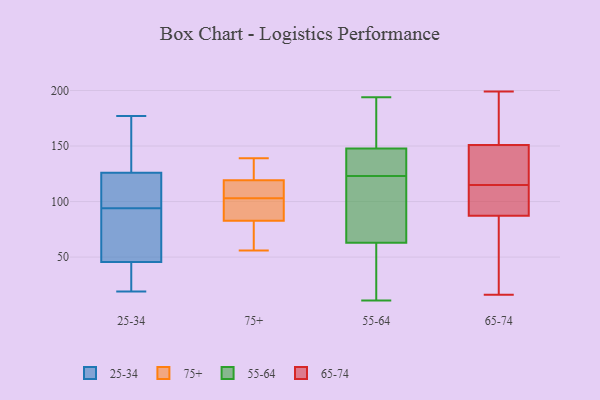
{"axis": {"x": "Satisfaction Score", "y": "Value"}, "legend": ["25-34", "55-64", "65-74", "75+"], "data": [{"x": "", "y": 169, "type": "25-34"}, {"x": "", "y": 91, "type": "25-34"}, {"x": "", "y": 113, "type": "25-34"}, {"x": "", "y": 19, "type": "25-34"}, {"x": "", "y": 23, "type": "25-34"}, {"x": "", "y": 128, "type": "25-34"}, {"x": "", "y": 93, "type": "25-34"}, {"x": "", "y": 31, "type": "25-34"}, {"x": "", "y": 177, "type": "25-34"}, {"x": "", "y": 124, "type": "25-34"}, {"x": "", "y": 176, "type": "25-34"}, {"x": "", "y": 95, "type": "25-34"}, {"x": "", "y": 60, "type": "25-34"}, {"x": "", "y": 26, "type": "25-34"}, {"x": "", "y": 66, "type": "25-34"}, {"x": "", "y": 108, "type": "25-34"}, {"x": "", "y": 82, "type": "75+"}, {"x": "", "y": 104, "type": "75+"}, {"x": "", "y": 57, "type": "75+"}, {"x": "", "y": 56, "type": "75+"}, {"x": "", "y": 130, "type": "75+"}, {"x": "", "y": 85, "type": "75+"}, {"x": "", "y": 122, "type": "75+"}, {"x": "", "y": 103, "type": "75+"}, {"x": "", "y": 111, "type": "75+"}, {"x": "", "y": 92, "type": "75+"}, {"x": "", "y": 139, "type": "75+"}, {"x": "", "y": 123, "type": "55-64"}, {"x": "", "y": 21, "type": "55-64"}, {"x": "", "y": 123, "type": "55-64"}, {"x": "", "y": 36, "type": "55-64"}, {"x": "", "y": 194, "type": "55-64"}, {"x": "", "y": 84, "type": "55-64"}, {"x": "", "y": 11, "type": "55-64"}, {"x": "", "y": 39, "type": "55-64"}, {"x": "", "y": 141, "type": "55-64"}, {"x": "", "y": 150, "type": "55-64"}, {"x": "", "y": 131, "type": "55-64"}, {"x": "", "y": 69, "type": "55-64"}, {"x": "", "y": 183, "type": "55-64"}, {"x": "", "y": 104, "type": "55-64"}, {"x": "", "y": 118, "type": "55-64"}, {"x": "", "y": 189, "type": "55-64"}, {"x": "", "y": 128, "type": "55-64"}, {"x": "", "y": 61, "type": "55-64"}, {"x": "", "y": 189, "type": "55-64"}, {"x": "", "y": 141, "type": "65-74"}, {"x": "", "y": 170, "type": "65-74"}, {"x": "", "y": 91, "type": "65-74"}, {"x": "", "y": 38, "type": "65-74"}, {"x": "", "y": 148, "type": "65-74"}, {"x": "", "y": 185, "type": "65-74"}, {"x": "", "y": 74, "type": "65-74"}, {"x": "", "y": 86, "type": "65-74"}, {"x": "", "y": 176, "type": "65-74"}, {"x": "", "y": 199, "type": "65-74"}, {"x": "", "y": 152, "type": "65-74"}, {"x": "", "y": 145, "type": "65-74"}, {"x": "", "y": 77, "type": "65-74"}, {"x": "", "y": 113, "type": "65-74"}, {"x": "", "y": 109, "type": "65-74"}, {"x": "", "y": 114, "type": "65-74"}, {"x": "", "y": 16, "type": "65-74"}, {"x": "", "y": 115, "type": "65-74"}, {"x": "", "y": 118, "type": "65-74"}]}